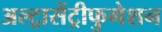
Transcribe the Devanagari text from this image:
अल्ट्रासेंट्रीफुगेशन